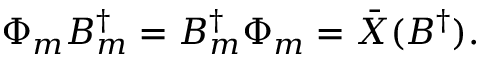
\Phi _ { m } B _ { m } ^ { \dagger } = B _ { m } ^ { \dagger } \Phi _ { m } = \bar { X } ( B ^ { \dagger } ) .